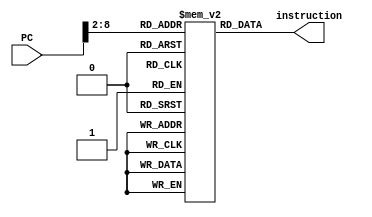
`timescale 1ns / 1ps

module im(
    PC, instruction    
    );
   
    input            [31:0]PC;
    output           [31:0]instruction;
    reg              [31:0]memory[100:0];
//    reg              [31:0]instruction;
    integer i;
    initial 
    begin
    memory[0] = 32'b00100000000010000000000000100000; //addi $t0, $zero, 0x20
        memory[1] = 32'b00100000000010010000000000110111; //addi $t1, $zero, 0x37
        memory[2] = 32'b00000001000010011000000000100100; //and $s0, $t0, $t1
        memory[3] = 32'b00000001000010011000000000100101; //or $s0, $t0, $t1
        memory[4] = 32'b10101100000100000000000000000100; //sw $s0, 4($zero)
        memory[5] = 32'b10101100000010000000000000001000; //sw $t0, 8($zero)
        memory[6] = 32'b00000001000010011000100000100000; //add $s1, $t0, $t1
        memory[7] = 32'b00000001000010011001000000100010; //sub $s2, $t0, $t1
        memory[8] = 32'b00010010001100100000000000001001; //beq $s1, $s2, error0
        memory[9] = 32'b10001100000100010000000000000100; //lw $s1, 4($zero)
        memory[10]= 32'b00110010001100100000000001001000; //andi $s2, $s1, 0x48
        memory[11] =32'b00010010001100100000000000001001; //beq $s1, $s2, error1
        memory[12] =32'b10001100000100110000000000001000; //lw $s3, 8($zero)
        memory[13] =32'b00010010000100110000000000001010; //beq $s0, $s3, error2
        memory[14] =32'b00000010010100011010000000101010; //slt $s4, $s2, $s1 (Last)
        memory[15] =32'b00010010100000000000000000001111; //beq $s4, $0, EXIT
        memory[16] =32'b00000010001000001001000000100000; //add $s2, $s1, $0
        memory[17] =32'b00001000000000000000000000001110; //j Last
        memory[18] =32'b00100000000010000000000000000000; //addi $t0, $0, 0(error0)
        memory[19] =32'b00100000000010010000000000000000; //addi $t1, $0, 0
        memory[20] =32'b00001000000000000000000000011111; //j EXIT
        memory[21] =32'b00100000000010000000000000000001; //addi $t0, $0, 1(error1)
        memory[22] =32'b00100000000010010000000000000001; //addi $t1, $0, 1
        memory[23] =32'b00001000000000000000000000011111; //j EXIT
        memory[24] =32'b00100000000010000000000000000010; //addi $t0, $0, 2(error2)
        memory[25] =32'b00100000000010010000000000000010; //addi $t1, $0, 2
        memory[26] =32'b00001000000000000000000000011111; //j EXIT
        memory[27] =32'b00100000000010000000000000000011; //addi $t0, $0, 3(error3)
        memory[28] =32'b00100000000010010000000000000011; //addi $t1, $0, 3
        memory[29] =32'b00001000000000000000000000011111; //j EXIT 
    for(i=30; i<101; i=i+1)
            memory[i] = 32'b0;
    end

assign  instruction = memory[PC>>2];
endmodule